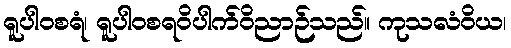
ရူပါဝစရံ၊ ရူပါဝစရဝိပါက်ဝိညာဉ်သည်။ ကုသလံဝိယ၊